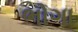
ભોગા